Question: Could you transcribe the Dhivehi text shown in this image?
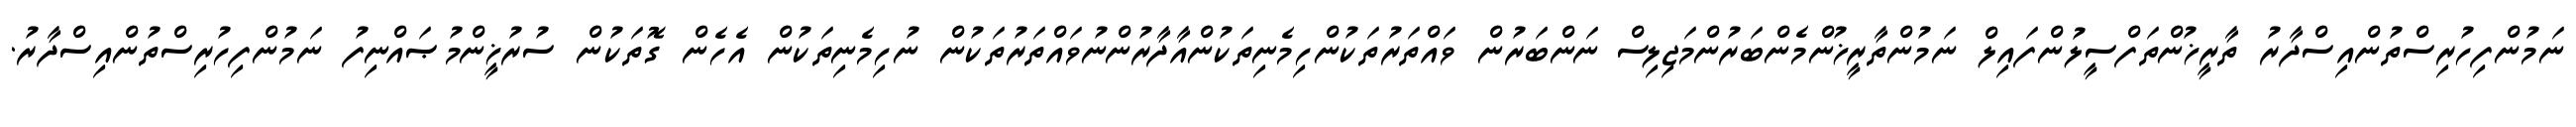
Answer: ނަމުންފިހުރިސްތުންއިސްދާރު ތާރީޚުންތަފްސީލުންފައިލް ނަމުންތާރީޚުންމެންބަރުންމަޖިލިސް ނަންބަރުން ވައްތަރުތަކުންހިމެނިތަކުންއާދާރުންނުވައްތަރުތަކުން ނުހިމެނިތަކުން އެހެން ގޮތަކުން ސުރުޚީންމުޞައްނިފު ނަމުންފިހުރިސްތުންއިސްދާރު.